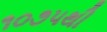
૧૦૭૫થી